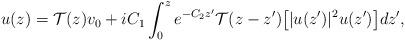
LaTeX: \begin{align*}u(z) = \mathcal{T}(z)v_0 +iC_1\int_0^z e^{-C_2 z^\prime}\mathcal{T}(z-z^\prime)\big[|u(z^\prime)|^2u(z^\prime)\big] dz^\prime,\end{align*}